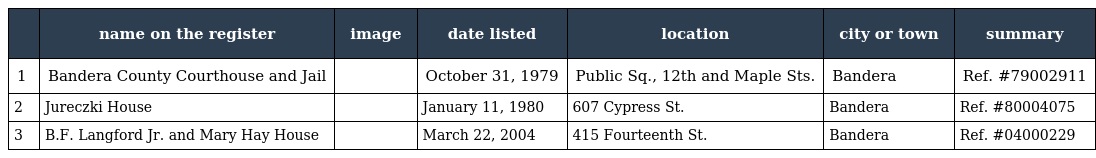
|  | name on the register | image | date listed | location | city or town | summary |
 | --- | --- | --- | --- | --- | --- | --- |
 | 1 | Bandera County Courthouse and Jail |  | October 31, 1979 | Public Sq., 12th and Maple Sts. | Bandera | Ref. #79002911 |
 | 2 | Jureczki House |  | January 11, 1980 | 607 Cypress St. | Bandera | Ref. #80004075 |
 | 3 | B.F. Langford Jr. and Mary Hay House |  | March 22, 2004 | 415 Fourteenth St. | Bandera | Ref. #04000229 |